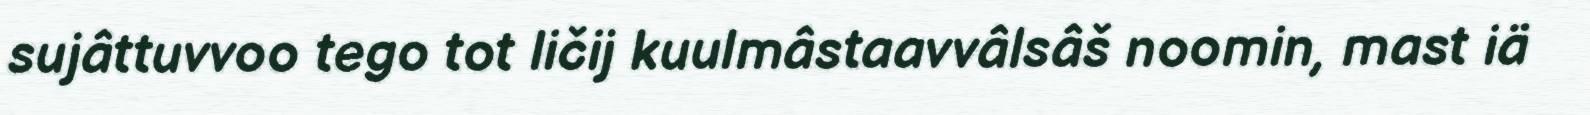
sujâttuvvoo tego tot ličij kuulmâstaavvâlsâš noomin, mast iä